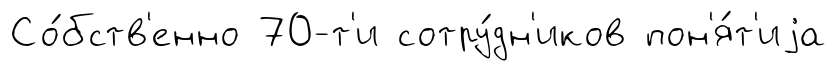
Со́бств'енно 70-т'и сотру́дн'иков пон'я́т'иjа